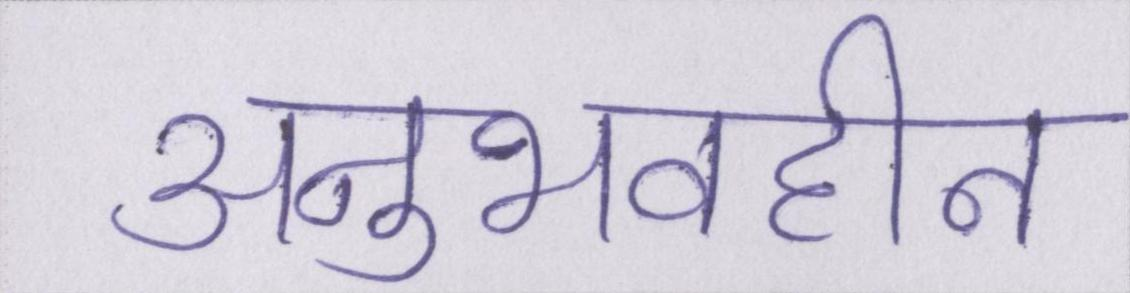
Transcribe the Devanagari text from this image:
अनुभवहीन